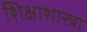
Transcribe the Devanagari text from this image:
शिक्षाशास्त्रा